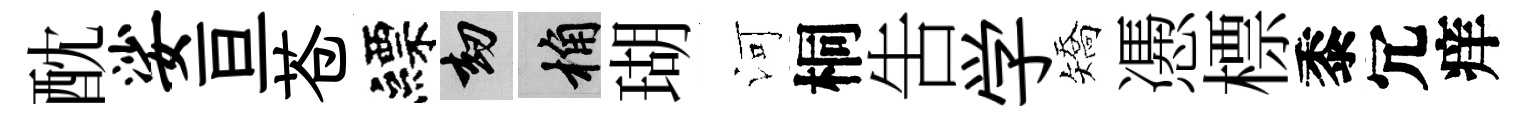
酖娑亘苍縹劫桷瑚河桐吿学矯慿標黍冗痒